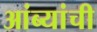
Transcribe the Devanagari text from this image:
आंब्यांची